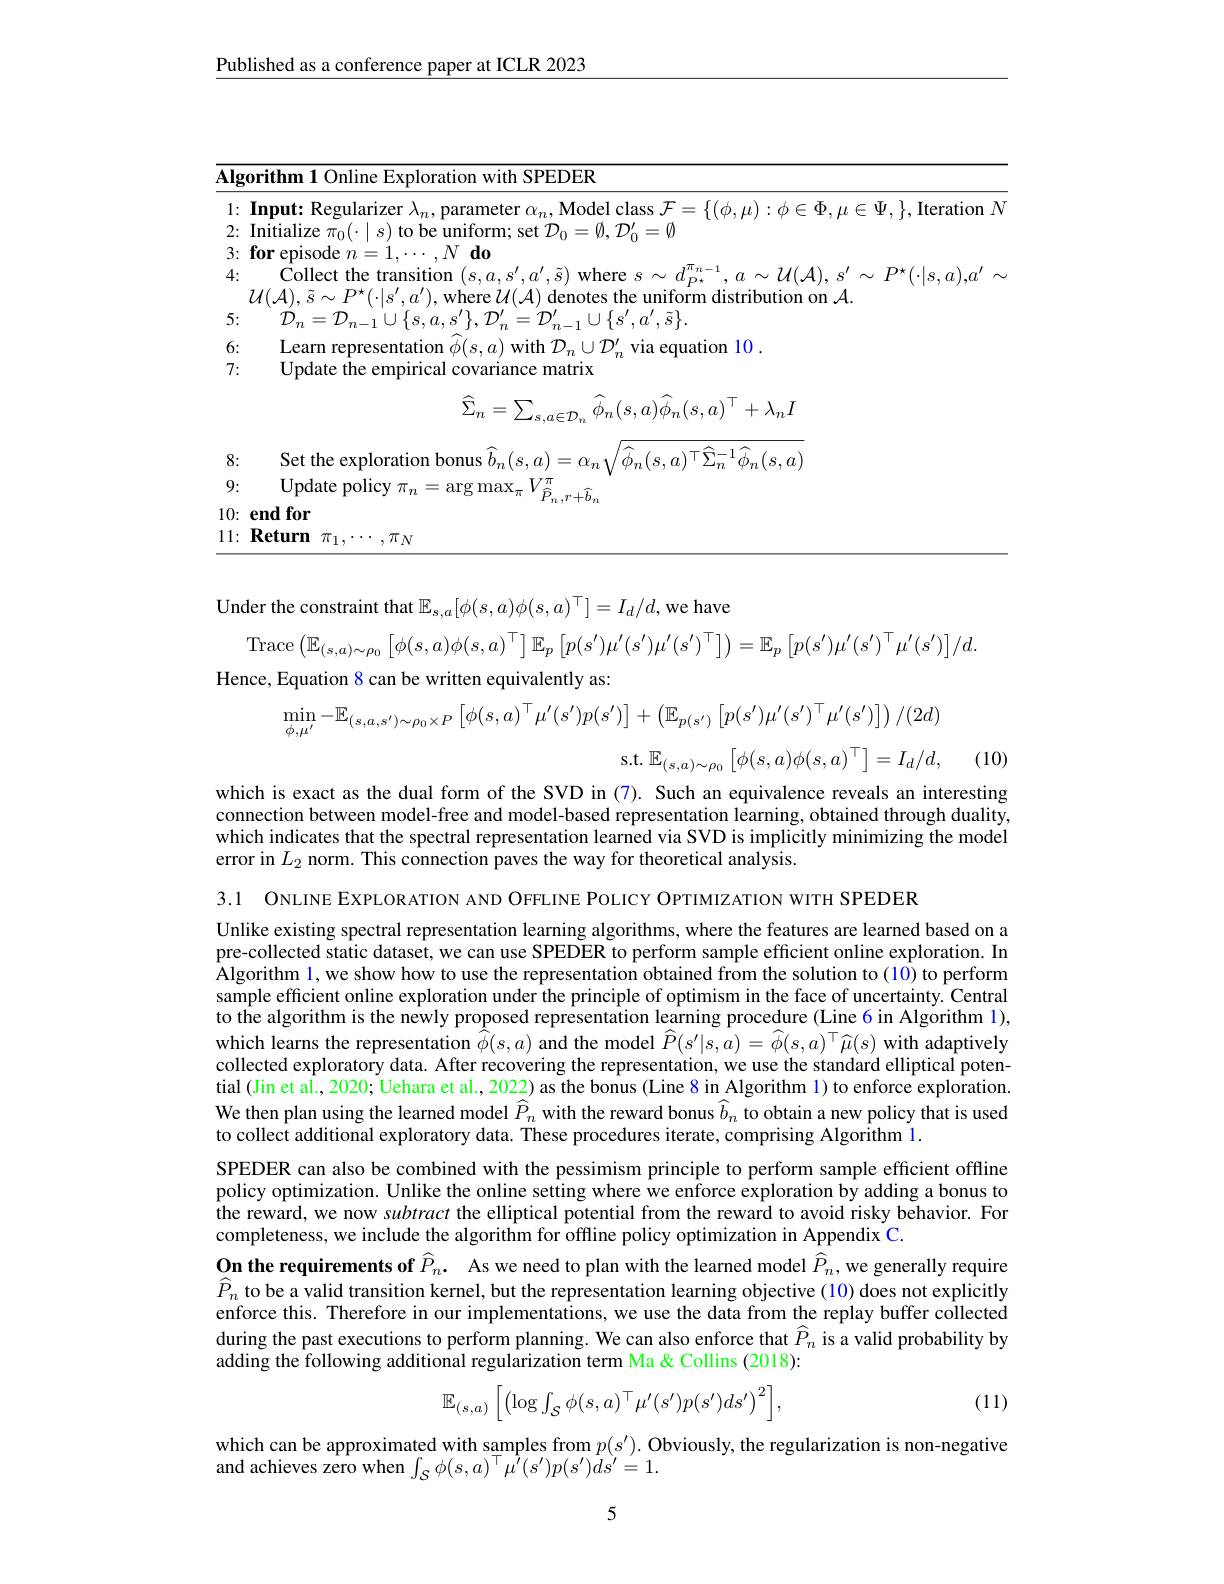
Published as a conference paper at ICLR 2023

<table>
	<tbody>
		<tr>
			<td>$\overline{\mathbf{lgor}}$</td>
			<td>rithm1 $1m\epsilon$ $\varepsilon$Exploration with SPEDER</td>
		</tr>
		<tr>
			<td>6:</td>
			<td>Learn representation $d$ $d/c$ $\boldsymbol{\varsigma}$ $x)$ with $\mathcal{D}_n\cup\mathcal{D}_{-}^{\prime}$ via equation 10</td>
		</tr>
		<tr>
			<td>7:</td>
			<td>Update the empirical covariance matrix</td>
		</tr>
	</tbody>
</table>
$$\widehat{\Sigma}_{n}=\sum_{s,a\in\mathcal{D}_{n}}\widehat{\phi}_{n}(s,a)\widehat{\phi}_{n}(s,a)^{\top}+\lambda_{n}I$$
8:
Set the exploration bonus $\widehat{b}_n(s,a)=\alpha_n\sqrt{\widehat{\phi}_n(s,a)^\top\widehat{\Sigma}_n^{-1}\widehat{\phi}_n(s,a)}$
9:
${\mathrm{Update~policy~}\pi_{n}=\arg\max_{\pi}V_{\widehat{P}_{n},r+\widehat{b}_{n}}^{\pi}}$
$10: \textbf{end for}$
$11: \textbf{Return}\pi _1, \cdots , \pi _N$

Under the constraint that $\mathbb{E}_s,a[\phi(s,a)\phi(s,a)^\top]=I_d/d$,we have

$\operatorname{Trace}\left(\mathbb{E}_{(s,a)\sim\rho_{0}}\left[\phi(s,a)\phi(s,a)^{\top}\right]\mathbb{E}_{p}\left[p(s^{\prime})\mu^{\prime}(s^{\prime})\mu^{\prime}(s^{\prime})^{\top}\right]\right)=\mathbb{E}_{p}\left[p(s^{\prime})\mu^{\prime}(s^{\prime})^{\top}\mu^{\prime}(s^{\prime})\right]/d.$
Hence, Equation 8 can be written equivalently as:
$$\min_{\phi,\mu^{\prime}}-\mathbb{E}_{(s,a,s^{\prime})\sim\rho_{0}\times P}\left[\phi(s,a)^{\top}\mu^{\prime}(s^{\prime})p(s^{\prime})\right]+\left(\mathbb{E}_{p(s^{\prime})}\left[p(s^{\prime})\mu^{\prime}(s^{\prime})^{\top}\mu^{\prime}(s^{\prime})\right]\right)/(2d)$$
$$\text{s.t.}\mathbb{E}_{(s,a)\sim\rho_0}\begin{bmatrix}\phi(s,a)\phi(s,a)^\top\end{bmatrix}=I_d/d,$$
(10)

which is exact as the dual form of the SVD in (7). Such an equivalence reveals an interesting connection between model-free and model-based representation learning, obtained through duality, which indicates that the spectral representation learned via SVD is implicitly minimizing the model error in $L_{2}$ norm. This connection paves the way for theoretical analysis.

3.1 ONLINE EXPLORATION AND OFFLINE POLICY OPTIMIZATION WITH SPEDER
Unlike existing spectral representation learning algorithms, where the features are learned based on a pre-collected static dataset, we can use SPEDER to perform sample efficient online exploration. In Algorithm 1, we show how to use the representation obtained from the solution to(10) to perform sample efficient online exploration under the principle of optimism in the face of uncertainty. Central to the algorithm is the newly proposed representation learning procedure (Line 6 in Algorithm 1), which learns the representation $\hat{\hat{\phi}}(s,a)$ and the model $\hat{P}(s^\prime|s,a)=\widehat{\phi}(s,a)^\top\widehat{\mu}(s)$ with adaptively collected exploratory data. After recovering the representation, we use the standard elliptical potential (Jin et al., 2020; Uehara et al., 2022) as the bonus (Line 8 in Algorithm 1) to enforce exploration. We then plan using the learned model $\widehat{P}_n$ with the reward bonus $\widehat{b}_n$ to obtain a new policy that is used to collect additional exploratory data. These procedures iterate, comprising Algorithm 1.
SPEDER can also be combined with the pessimism principle to perform sample efficient offline policy optimization. Unlike the online setting where we enforce exploration by adding a bonus to the reward, we now subtract the elliptical potential from the reward to avoid risky behavior. For completeness, we include the algorithm for offline policy optimization in Appendix C.
On the requirements of $\widehat{P} _n.$ As we need to plan with the learned model $\widehat{P}_n$, we generally require $\hat{P}_n$ to be a valid transition kernel, but the representation learning objective(10) does not explicitly enforce this. Therefore in our implementations, we use the data from the replay buffer collected during the past executions to perform planning. We can also enforce that $\widehat{P}_n$ is a valid probability by adding the following additional regularization term Ma & Collins (2018):
$$\mathbb{E}_{(s,a)}\left[\left(\log\int_{\mathcal{S}}\phi(s,a)^{\top}\mu'(s')p(s')ds'\right)^{2}\right],$$
(11)

which can be approximated with samples from $p(s^{\prime}).$ Obviously, the regularization is non-negative
and achieves zero when $\int_{\mathcal{S}}\phi(s,a)^{\top}\mu^{\prime}(s^{\prime})p(s^{\prime})ds^{\prime}=1.$

5